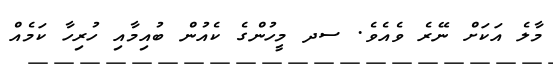
މާލެ އަކަށް ނޭރެ ވެއެވެ. ސދ މީހުންގެ ކެއުން ބުއިމާއި ހުރިހާ ކަމެއް